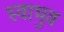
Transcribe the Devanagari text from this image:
स्वाभुव